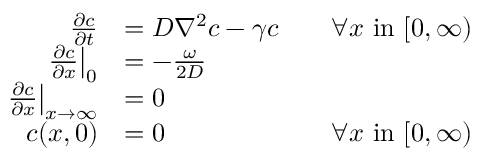
\begin{array} { r l r } { \frac { \partial c } { \partial t } } & { = D \nabla ^ { 2 } c - \gamma c } & { \quad \forall x \mathrm { ~ i n ~ } [ 0 , \infty ) } \\ { \left. \frac { \partial c } { \partial x } \right| _ { 0 } } & { = - \frac { \omega } { 2 D } } \\ { \left. \frac { \partial c } { \partial x } \right| _ { x \rightarrow \infty } } & { = 0 } \\ { c ( x , 0 ) } & { = 0 } & { \forall x \mathrm { ~ i n ~ } [ 0 , \infty ) } \end{array}